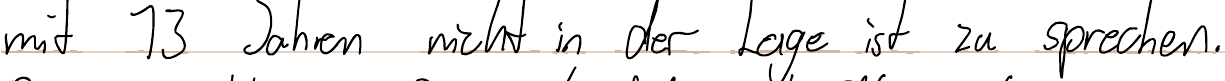
mit 13 Jahren nicht in der Lage ist zu sprechen.